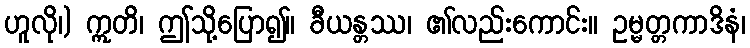
ဟူလို၊) ဣတိ၊ ဤသို့ပြော၍။ ခီယန္တဿ၊ ၏လည်းကောင်း။ ဥမ္မတ္တကာဒိနံ၊